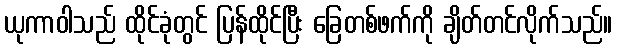
ယုကာဝါသည် ထိုင်ခုံတွင် ပြန်ထိုင်ပြီး ခြေတစ်ဖက်ကို ချိတ်တင်လိုက်သည်။